Lunatic asylums Madras 1877-1891 - 1877-1891
Year: 1877
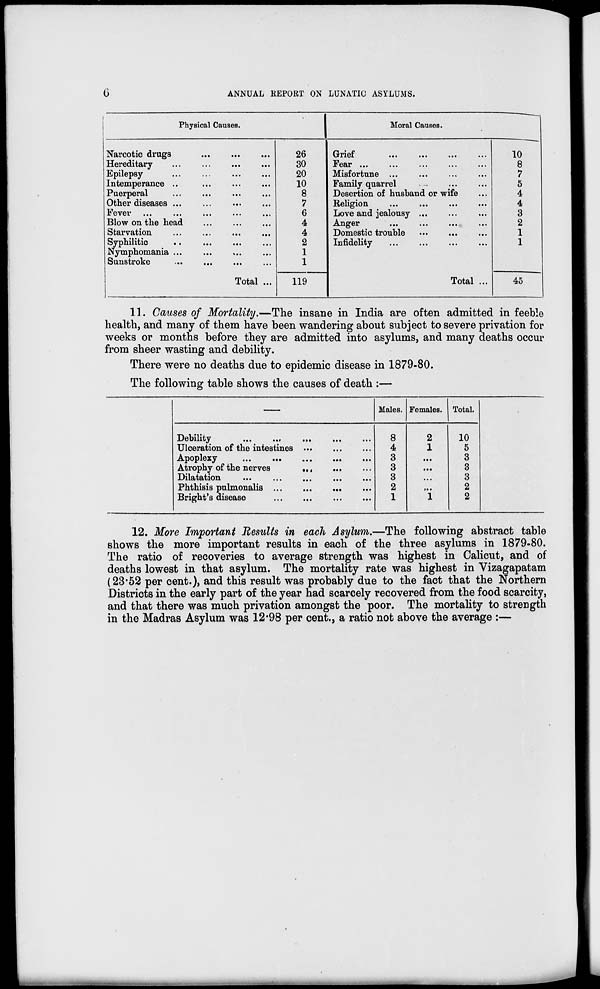
6
ANNUAL REPORT ON LUNATIC ASYLUMS.
Physical Cause
Narcotic drugs ... ... ...
Hereditary ... ... ... ...
Epilepsy
...
...
...
...
Intemperance ... ... ... ...
Puerperal ... ... ... ...
Other diseases
...
...
...
...
Fever ... ... ... ... ...
Blow on the head ... ... ...
Starvation ... ... ... ...
Syphilitic ... ... ... ...
Nymphomania ... ... ... ...
Sunstroke ... ... ... ...
Total ...
26
30
20
10
8
7
6
4
4
2
1
1
119
Moral Causes.
Grief ... ... ... ...
Fear ... ... ... ... ...
Misfortune ... ... ... ...
Family quarrel ... ... ...
Desertion of husband or wife ...
Religion
...
...
...
...
Love and jealousy ... ... ... ...
Anger
...
...
...
...
Domestic trouble ... ... ...
Infidelity ... ... ... ...
Total ...
10
8
7
5
4
4
3
2
1
1
45
11. Causes of Mortality.—The insane in India are often admitted in feeble
health, and many of them have been wandering about subject to severe privation for
weeks or months before they are admitted into asylums, and many deaths occur
from sheer wasting and debility.
There were no deaths due to epidemic disease in 1879-80.
The following table shows the causes of death :—
––
Debility
Ulceration of the intestines ... ... ...
Apoplexy
...
...
...
...
Atrophy of the nerves
... ... ...
Dilatation
...
Phthisis pulmonalis ...
...
...
Bright's disease
Males.
8
4
3
3
3
2
1
Females.
2
1
...
...
...
...
1
Total.
10
5
3
3
3
2
2
12. More Important Results in each Asylum.—The following abstract table
shows the more important results in each of the three asylums in 1879-80.
The ratio of recoveries to average strength was highest in Calicut, and of
deaths lowest in that asylum. The mortality rate was highest in Vizagapatam
(23.52 per cent.), and this result was probably due to the fact that the Northern
Districts in the early part of the year had scarcely recovered from the food scarcity,
and that there was much privation amongst the poor. The mortality to strength
in the Madras Asylum was 12.98 per cent., a ratio not above the average :—